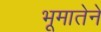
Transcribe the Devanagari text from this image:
भूमातेने